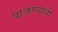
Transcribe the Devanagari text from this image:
पाजण्याची